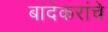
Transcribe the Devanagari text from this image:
बांदेकरांचे